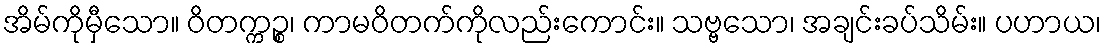
အိမ်ကိုမှီသော။ ဝိတက္ကဉ္စ၊ ကာမဝိတက်ကိုလည်းကောင်း။ သဗ္ဗသော၊ အချင်းခပ်သိမ်း။ ပဟာယ၊